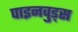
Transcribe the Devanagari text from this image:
पाइनवुड्स